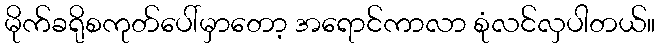
မိုက်ခရိုစကုတ်ပေါ်မှာတော့ အရောင်ကာလာ စုံလင်လှပါတယ်။